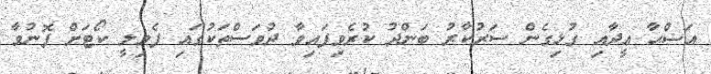
އަޟްޙާ ޢީދާއި ގުޅިގެން ސަރުކާރު ބަންދު ކުރެވިފައިވާ ދުވަސްތަކުގައި ފެމިލީ ކޯޓަށް ފޮނުވާ